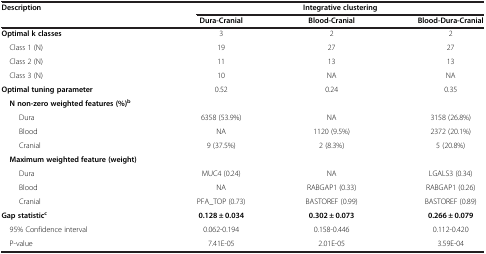
<table><thead><tr><td><b>Description</b></td><td colspan="3"><b>Integrative clustering</b></td></tr><tr><td><b> </b></td><td><b>Dura-Cranial</b></td><td><b>Blood-Cranial</b></td><td><b>Blood-Dura-Cranial</b></td></tr></thead><tbody><tr><td><b>Optimal k classes</b></td><td>3</td><td>2</td><td>2</td></tr><tr><td> Class 1 (N)</td><td>19</td><td>27</td><td>27</td></tr><tr><td> Class 2 (N)</td><td>11</td><td>13</td><td>13</td></tr><tr><td> Class 3 (N)</td><td>10</td><td>NA</td><td>NA</td></tr><tr><td><b>Optimal tuning parameter</b></td><td>0.52</td><td>0.24</td><td>0.35</td></tr><tr><td> <b>N non-zero weighted features (%)</b><sup><b>b</b></sup></td><td> </td><td> </td><td> </td></tr><tr><td>Dura</td><td>6358 (53.9%)</td><td>NA</td><td>3158 (26.8%)</td></tr><tr><td>Blood</td><td>NA</td><td>1120 (9.5%)</td><td>2372 (20.1%)</td></tr><tr><td>Cranial</td><td>9 (37.5%)</td><td>2 (8.3%)</td><td>5 (20.8%)</td></tr><tr><td> <b>Maximum weighted feature (weight)</b></td><td> </td><td> </td><td> </td></tr><tr><td>Dura</td><td>MUC4 (0.24)</td><td>NA</td><td>LGALS3 (0.34)</td></tr><tr><td>Blood</td><td>NA</td><td>RABGAP1 (0.33)</td><td>RABGAP1 (0.26)</td></tr><tr><td>Cranial</td><td>PFA_TOP (0.73)</td><td>BASTOREF (0.99)</td><td>BASTOREF (0.89)</td></tr><tr><td><b>Gap statistic</b><sup><b>c</b></sup></td><td><b>0.128 ± 0.034</b></td><td><b>0.302 ± 0.073</b></td><td><b>0.266 ± 0.079</b></td></tr><tr><td> 95% Confidence interval</td><td>0.062-0.194</td><td>0.158-0.446</td><td>0.112-0.420</td></tr><tr><td> P-value</td><td>7.41E-05</td><td>2.01E-05</td><td>3.59E-04</td></tr></tbody></table>